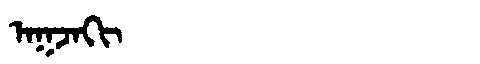
Manchu: ᠠᡴᠵᠠᡴᡳ
Romanization: AKJAKI